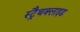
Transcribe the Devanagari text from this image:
स्ट्रैथक्लाइड